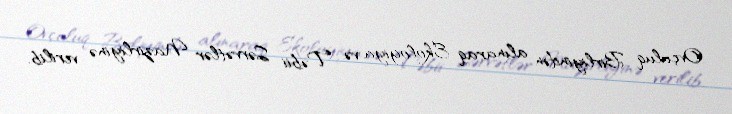
Ovçuluq Birliyindən alınaraq Ekologiya və Təbii Sərvətlər Nazirliyinə verilib.